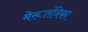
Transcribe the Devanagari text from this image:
मेरूतंत्रिका